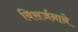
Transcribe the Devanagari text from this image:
विसर्जनाने